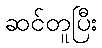
ဆင်တူပြီး